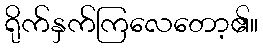
ရိုက်နှက်ကြလေတော့၏။